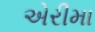
એરીમા